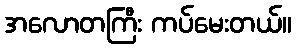
အလောတကြီး ကပ်မေးတယ်။